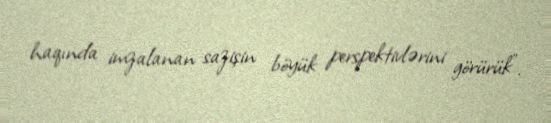
haqında imzalanan sazişin böyük perspektivlərini görürük”.